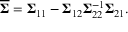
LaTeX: { \overline { { \boldsymbol { \Sigma } } } } = { \boldsymbol { \Sigma } } _ { 1 1 } - { \boldsymbol { \Sigma } } _ { 1 2 } { \boldsymbol { \Sigma } } _ { 2 2 } ^ { - 1 } { \boldsymbol { \Sigma } } _ { 2 1 } .